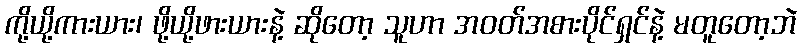
ကို့ယို့ကားယား၊ ဖို့ယို့ဖားယားနဲ့ ဆိုတော့ သူဟာ အဝတ်အစားပိုင်ရှင်နဲ့ မတူတော့ဘဲ